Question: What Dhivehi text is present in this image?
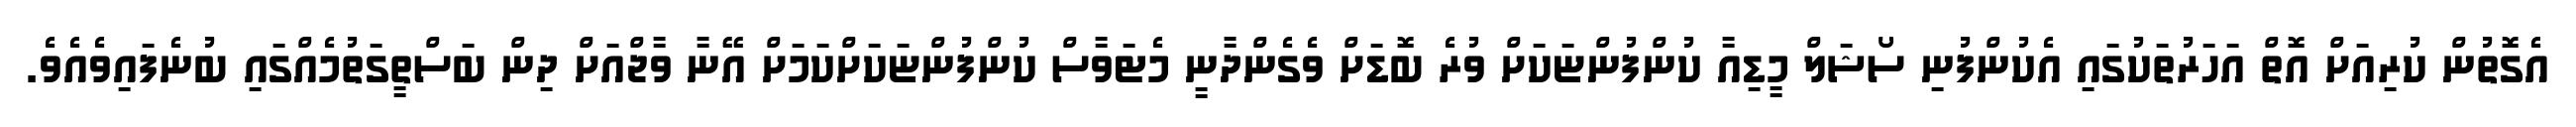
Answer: އެގޮތުން ކުރިއަށް އޮތް އަހަރުތަކުގައި އެކުންފުނި ސޯޝަލް މީޑިއާ ކުންފުންޏަކަށް ވުރެ ބޮޑަށް ވެގެންދާނީ މެޓަވާސް ކުންފުންޏަކަށްކަމަށް އޭނާ ވާޖްއަށް ދިން ބަސްތީގަތުމެއްގައި ބުނެފައިވެއެވެ.